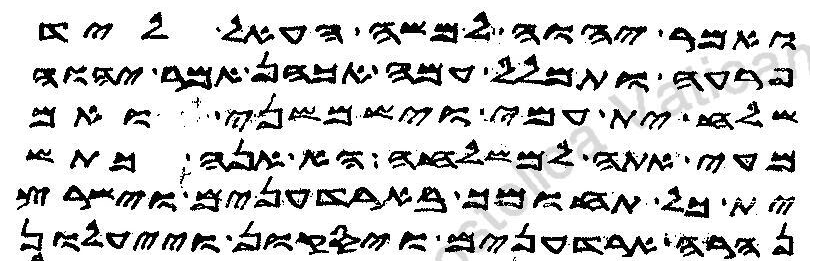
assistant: ואמר יהוה למשה העאל ליד
פרעה ותמלל עמה אכהן אמר יהוה
שלח ית עמי וישמשני ואם
מעי אתה למשלחה הא אנה כתש
ית כל תחומך בארדענים וישרץ
נהרה ארדענים ויסקון וייעלון